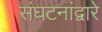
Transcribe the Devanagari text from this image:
संघटनांद्वारे